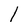
Character: I